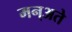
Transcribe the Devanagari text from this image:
मन्अते